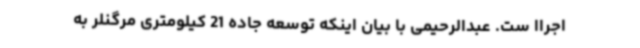
اجراا ست. عبدالرحیمی با بیان اینکه توسعه جاده 21 کیلومتری مرگنلر به